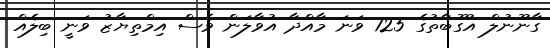
ގާނޫނުލް އުގޫބާތުގެ 125 ވަނަ މާއްދާ އުވާލަން ވެސް އިމްތިޔާޒު ވަނީ ބިލެއް